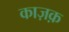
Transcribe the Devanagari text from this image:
काज़क़